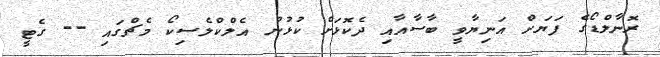
ރޮނާލްޑޯގެ ފަޔަށް އަނިޔާވީ ބާސާއާއި ދެކޮޅަށް ކުޅުނު އެލްކްލެސިކޯ މެޗްގައި -- ގެޓީ